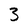
Character: 3